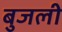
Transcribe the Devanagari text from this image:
बुजली